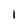
Character: 1